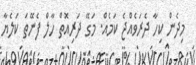
މިދެން ކިހާ ދެރަވެއްޖެ ކަމެއް. މަގޭ ދަރިއޮތް ހާލް ފެނޭތަ ކަލެޔާ